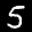
Digit: 5